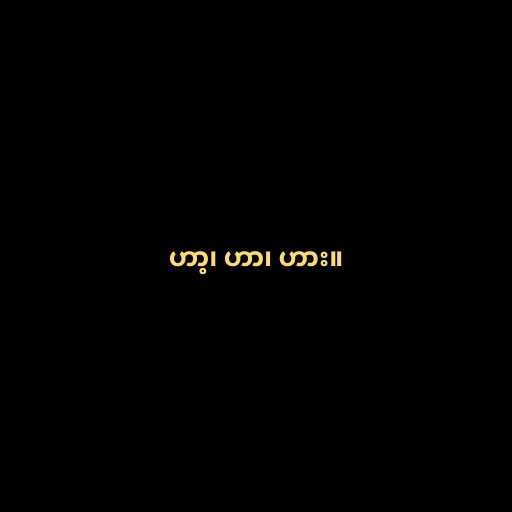
ဟာ့၊ ဟာ၊ ဟား။